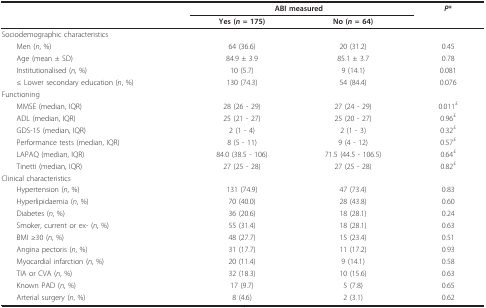
<table><thead><tr><td></td><td colspan="2"><b>ABI measured</b></td><td><b><i>P</i>*</b></td></tr><tr><td></td><td><b>Yes (<i>n </i>= 175)</b></td><td><b>No (<i>n </i>= 64)</b></td><td></td></tr></thead><tbody><tr><td>Sociodemographic characteristics</td><td></td><td></td><td></td></tr><tr><td> Men (<i>n</i>, %)</td><td>64 (36.6)</td><td>20 (31.2)</td><td>0.45</td></tr><tr><td> Age (mean ± SD)</td><td>84.9 ± 3.9</td><td>85.1 ± 3.7</td><td>0.78</td></tr><tr><td> Institutionalised (<i>n</i>, %)</td><td>10 (5.7)</td><td>9 (14.1)</td><td>0.081</td></tr><tr><td> ≤ Lower secondary education (<i>n</i>, %)</td><td>130 (74.3)</td><td>54 (84.4)</td><td>0.076</td></tr><tr><td>Functioning</td><td></td><td></td><td></td></tr><tr><td> MMSE (median, IQR)</td><td>28 (26 - 29)</td><td>27 (24 - 29)</td><td>0.011<sup>£</sup></td></tr><tr><td> ADL (median, IQR)</td><td>25 (21 - 27)</td><td>25 (20 - 27)</td><td>0.96<sup>£</sup></td></tr><tr><td> GDS-15 (median, IQR)</td><td>2 (1 - 4)</td><td>2 (1 - 3)</td><td>0.32<sup>£</sup></td></tr><tr><td> Performance tests (median, IQR)</td><td>8 (5 - 11)</td><td>9 (4 - 12)</td><td>0.57<sup>£</sup></td></tr><tr><td> LAPAQ (median, IQR)</td><td>84.0 (38.5 - 106)</td><td>71.5 (44.5 - 106.5)</td><td>0.64<sup>£</sup></td></tr><tr><td> Tinetti (median, IQR)</td><td>27 (25 - 28)</td><td>27 (25 - 28)</td><td>0.82<sup>£</sup></td></tr><tr><td>Clinical characteristics</td><td></td><td></td><td></td></tr><tr><td> Hypertension (<i>n</i>, %)</td><td>131 (74.9)</td><td>47 (73.4)</td><td>0.83</td></tr><tr><td> Hyperlipidaemia (<i>n</i>, %)</td><td>70 (40.0)</td><td>28 (43.8)</td><td>0.60</td></tr><tr><td> Diabetes (<i>n</i>, %)</td><td>36 (20.6)</td><td>18 (28.1)</td><td>0.24</td></tr><tr><td> Smoker, current or ex- (<i>n</i>, %)</td><td>55 (31.4)</td><td>18 (28.1)</td><td>0.63</td></tr><tr><td> BMI ≥30 (<i>n</i>, %)</td><td>48 (27.7)</td><td>15 (23.4)</td><td>0.51</td></tr><tr><td> Angina pectoris (<i>n</i>, %)</td><td>31 (17.7)</td><td>11 (17.2)</td><td>0.93</td></tr><tr><td> Myocardial infarction (<i>n</i>, %)</td><td>20 (11.4)</td><td>9 (14.1)</td><td>0.58</td></tr><tr><td> TIA or CVA (<i>n</i>, %)</td><td>32 (18.3)</td><td>10 (15.6)</td><td>0.63</td></tr><tr><td> Known PAD (<i>n</i>, %)</td><td>17 (9.7)</td><td>5 (7.8)</td><td>0.65</td></tr><tr><td> Arterial surgery (<i>n</i>, %)</td><td>8 (4.6)</td><td>2 (3.1)</td><td>0.62</td></tr></tbody></table>